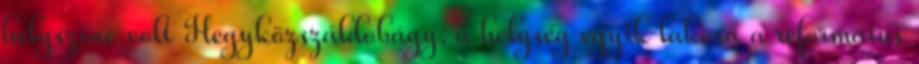
helyszíne volt Hegyközszáldobágy: a helység egyik lakosa a református